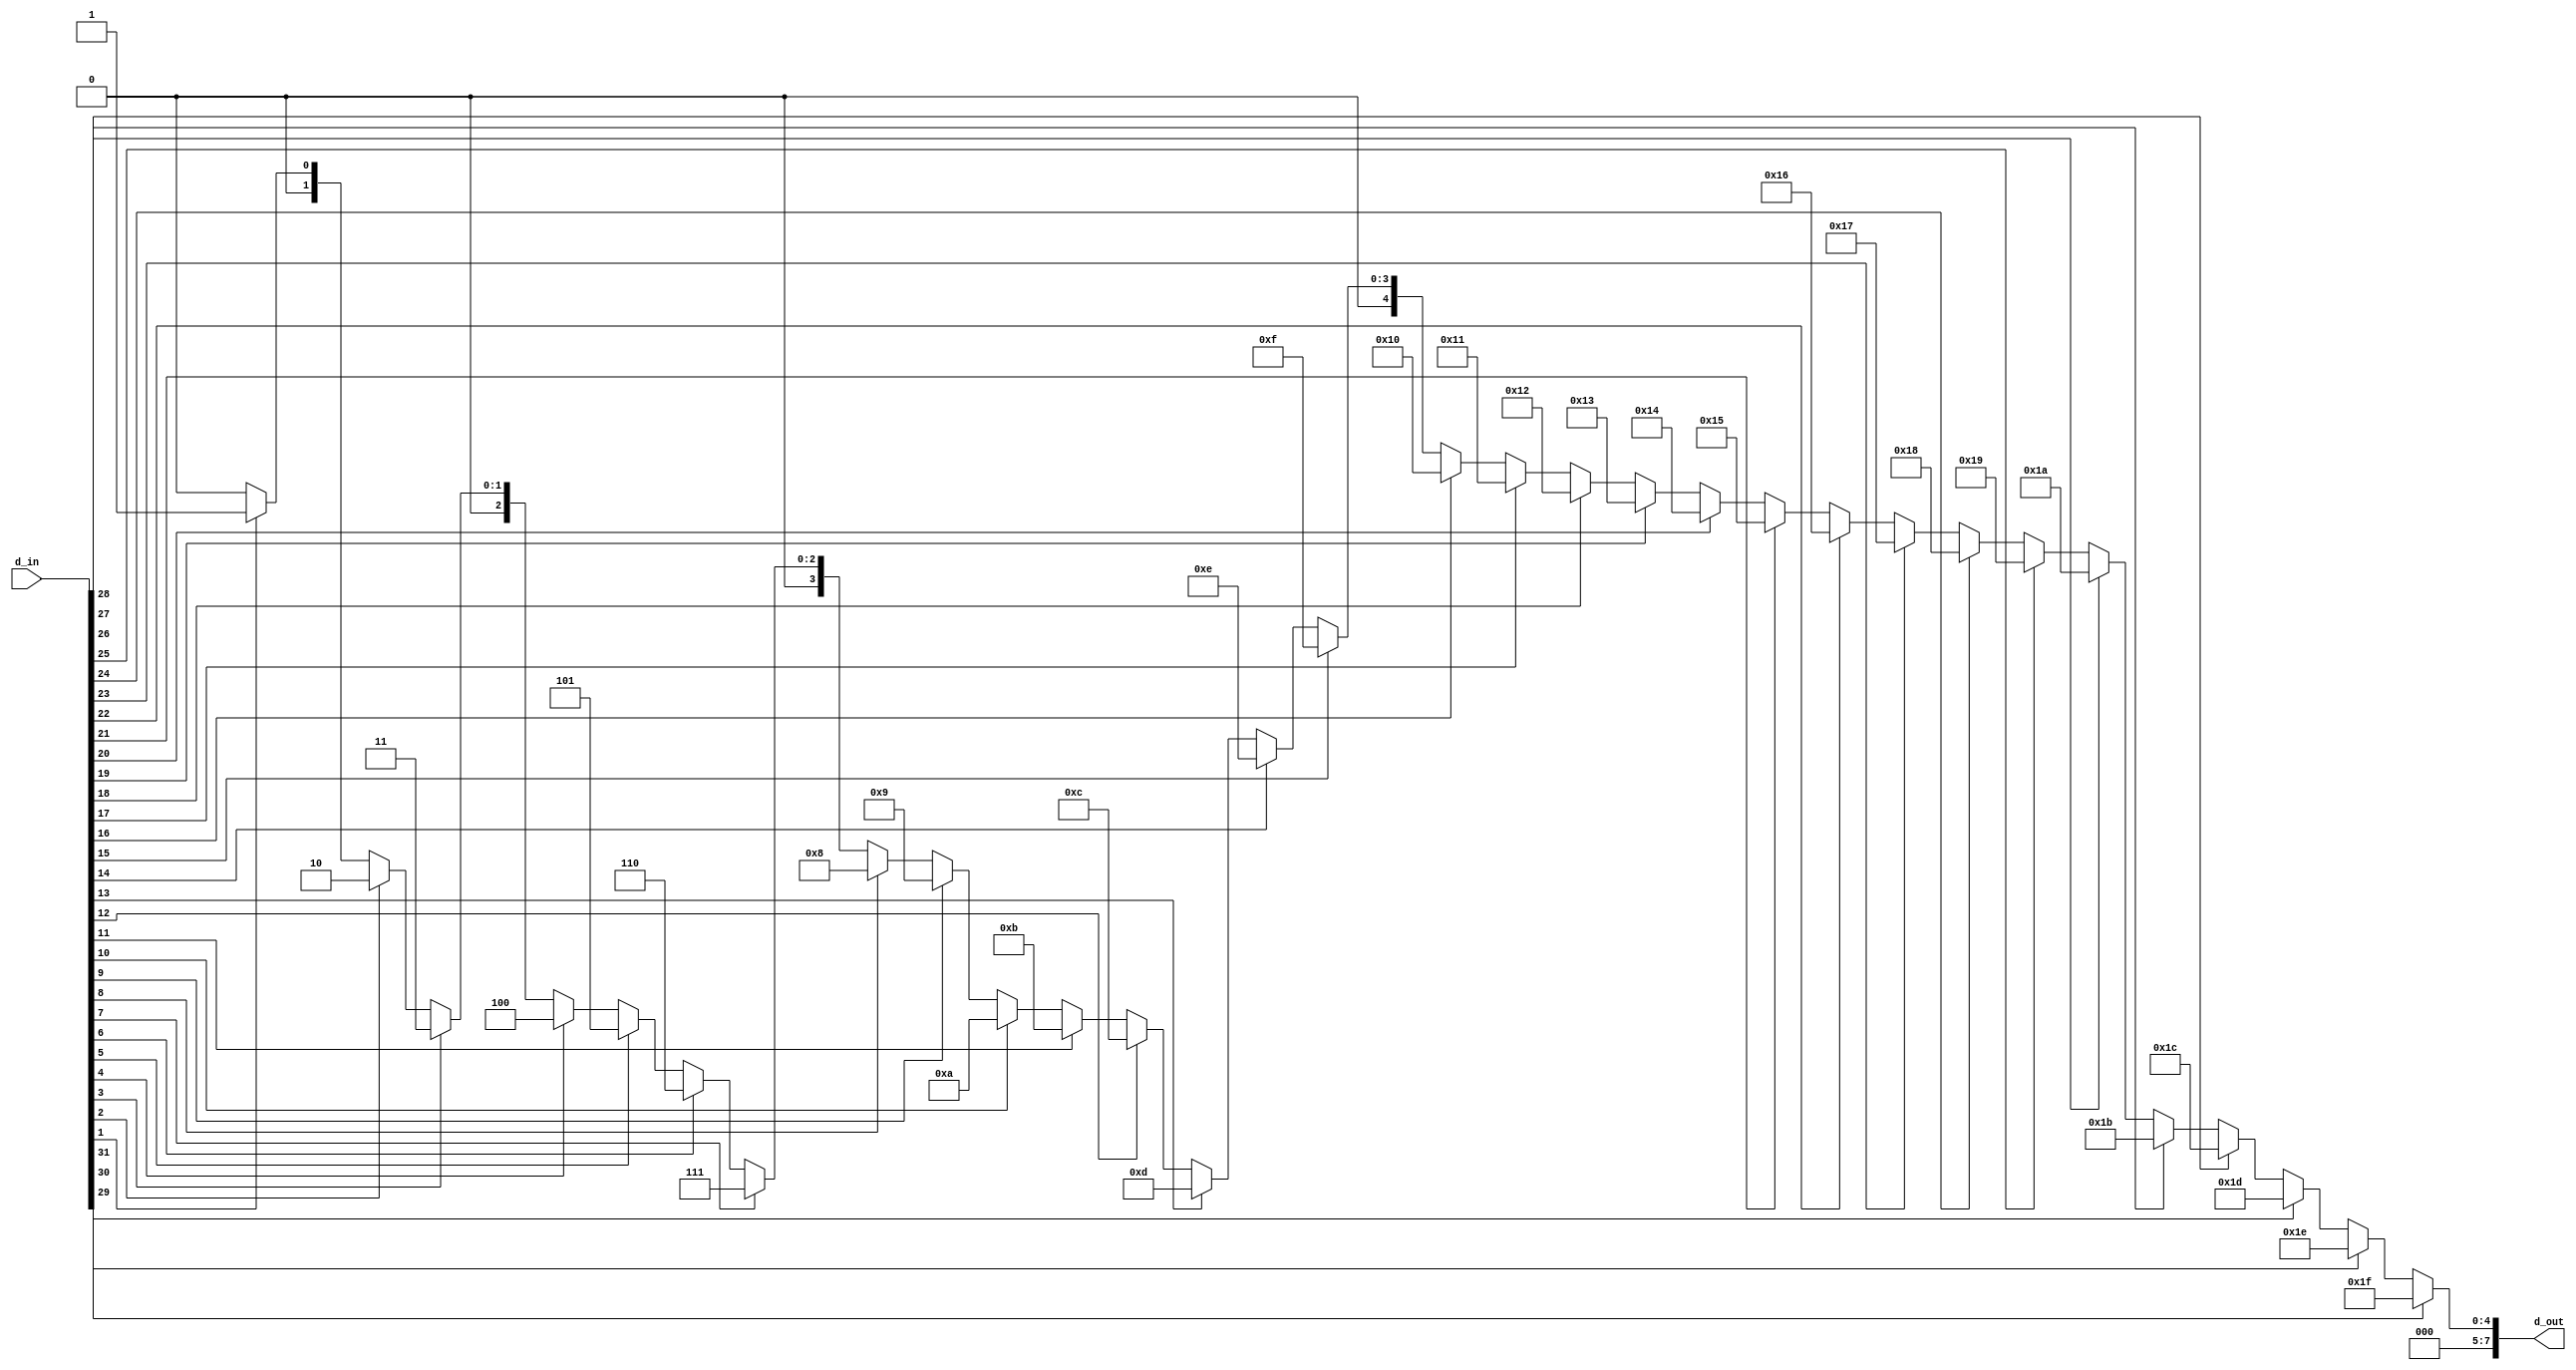
module Priority_Encoder (

   input wire [31:0] d_in,
   output wire [7:0] d_out
   ); 

    assign d_out = (d_in[31]==1'b1) ? 8'b00011111:                  
                   (d_in[30]==1'b1) ? 8'b00011110:
                   (d_in[29]==1'b1) ? 8'b00011101:
                   (d_in[28]==1'b1) ? 8'b00011100:
                   (d_in[27]==1'b1) ? 8'b00011011:
                   (d_in[26]==1'b1) ? 8'b00011010:
                   (d_in[25]==1'b1) ? 8'b00011001:
                   (d_in[24]==1'b1) ? 8'b00011000:
                   (d_in[23]==1'b1) ? 8'b00010111:
                   (d_in[22]==1'b1) ? 8'b00010110:
                   (d_in[21]==1'b1) ? 8'b00010101:
                   (d_in[20]==1'b1) ? 8'b00010100:
                   (d_in[19]==1'b1) ? 8'b00010011:
                   (d_in[18]==1'b1) ? 8'b00010010:
                   (d_in[17]==1'b1) ? 8'b00010001:
                   (d_in[16]==1'b1) ? 8'b00010000:
                   (d_in[15]==1'b1) ? 8'b00001111:
                   (d_in[14]==1'b1) ? 8'b00001110:
                   (d_in[13]==1'b1) ? 8'b00001101:
                   (d_in[12]==1'b1) ? 8'b00001100:
                   (d_in[11]==1'b1) ? 8'b00001011:
                   (d_in[10]==1'b1) ? 8'b00001010:
                   (d_in[9]==1'b1)  ? 8'b00001001:
                   (d_in[8]==1'b1)  ? 8'b00001000: 
                   (d_in[7]==1'b1)  ? 8'b00000111:
                   (d_in[6]==1'b1)  ? 8'b00000110:
                   (d_in[5]==1'b1)  ? 8'b00000101:
                   (d_in[4]==1'b1)  ? 8'b00000100:
                   (d_in[3]==1'b1)  ? 8'b00000011:
                   (d_in[2]==1'b1)  ? 8'b00000010:
                   (d_in[1]==1'b1)  ? 8'b00000001: 8'b00000000;
                           
endmodule